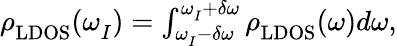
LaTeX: \begin{array}{r}{\rho_{\mathrm{LDOS}}^{}(\omega_{I}^{})=\int_{\omega_{I}^{}-\delta\omega}^{\omega_{I}^{}+\delta\omega}\rho_{\mathrm{LDOS}}^{}(\omega)d\omega,}\end{array}